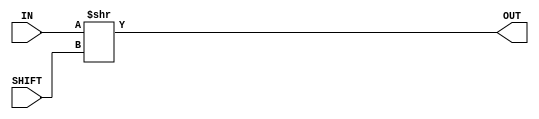
module f7_test_4(input [31:0] IN, input [5:0] SHIFT, output [31:0] OUT);
assign OUT = IN >> SHIFT;
endmodule